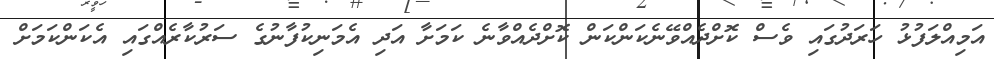
އަމިއްލަފުޅު ހަރަދުގައި ވެސް ކޮށްދެއްވޭނެކަންކަން ކޮށްދެއްވާނެ ކަމަށާ އަދި އެމަނިކުފާނުގެ ސަރުކާރެއްގައި އެކަންކަމަށް